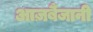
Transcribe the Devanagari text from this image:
आज़र्बैजानी